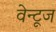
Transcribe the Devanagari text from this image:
वेन्टूज